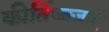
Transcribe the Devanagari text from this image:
कीर्तिध्वजाएँ